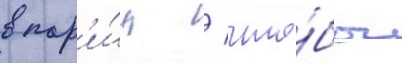
в пар'и́ж / что́бы